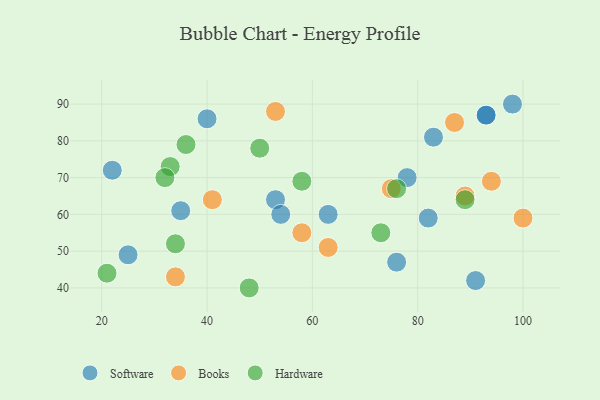
{"axis": {"x": "GDP", "y": "Life Expectancy"}, "legend": ["Books", "Hardware", "Software"], "data": [{"x": "82", "y": 59, "type": "Software"}, {"x": "25", "y": 49, "type": "Software"}, {"x": "53", "y": 64, "type": "Software"}, {"x": "93", "y": 87, "type": "Software"}, {"x": "91", "y": 42, "type": "Software"}, {"x": "54", "y": 60, "type": "Software"}, {"x": "93", "y": 87, "type": "Software"}, {"x": "35", "y": 61, "type": "Software"}, {"x": "78", "y": 70, "type": "Software"}, {"x": "22", "y": 72, "type": "Software"}, {"x": "76", "y": 47, "type": "Software"}, {"x": "83", "y": 81, "type": "Software"}, {"x": "63", "y": 60, "type": "Software"}, {"x": "98", "y": 90, "type": "Software"}, {"x": "40", "y": 86, "type": "Software"}, {"x": "100", "y": 59, "type": "Books"}, {"x": "94", "y": 69, "type": "Books"}, {"x": "53", "y": 88, "type": "Books"}, {"x": "89", "y": 65, "type": "Books"}, {"x": "87", "y": 85, "type": "Books"}, {"x": "41", "y": 64, "type": "Books"}, {"x": "58", "y": 55, "type": "Books"}, {"x": "34", "y": 43, "type": "Books"}, {"x": "75", "y": 67, "type": "Books"}, {"x": "63", "y": 51, "type": "Books"}, {"x": "34", "y": 52, "type": "Hardware"}, {"x": "33", "y": 73, "type": "Hardware"}, {"x": "48", "y": 40, "type": "Hardware"}, {"x": "36", "y": 79, "type": "Hardware"}, {"x": "32", "y": 70, "type": "Hardware"}, {"x": "89", "y": 64, "type": "Hardware"}, {"x": "58", "y": 69, "type": "Hardware"}, {"x": "21", "y": 44, "type": "Hardware"}, {"x": "76", "y": 67, "type": "Hardware"}, {"x": "73", "y": 55, "type": "Hardware"}, {"x": "50", "y": 78, "type": "Hardware"}]}